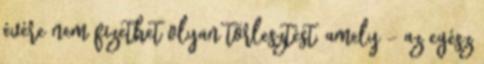
évére nem fizethet olyan törlesztést, amely - az egész